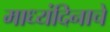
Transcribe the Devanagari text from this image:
माध्यंदिनाचे